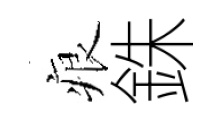
痕銖